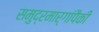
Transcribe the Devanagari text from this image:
समुद्रमार्गांपैकी